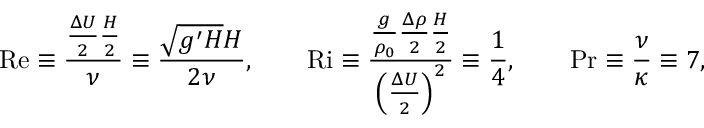
\mathrm { R e } \equiv \frac { \frac { \Delta U } { 2 } \frac { H } { 2 } } { \nu } \equiv \frac { \sqrt { g ^ { \prime } H } H } { 2 \nu } , \qquad \mathrm { R i } \equiv \frac { \frac { g } { \rho _ { 0 } } \frac { \Delta \rho } { 2 } \frac { H } { 2 } } { \Big ( \frac { \Delta U } { 2 } \Big ) ^ { 2 } } \equiv \frac { 1 } { 4 } , \qquad \mathrm { P r } \equiv \frac { \nu } { \kappa } \equiv 7 ,